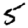
Digit: 5